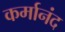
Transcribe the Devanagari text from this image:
कर्मानंद